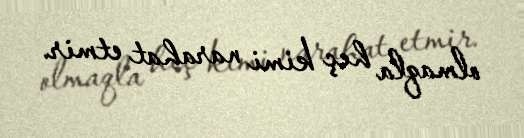
olmaqla heç kimi narahat etmir.